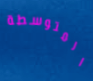
المتوسطة